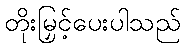
တိုးမြှင့်ပေးပါသည်